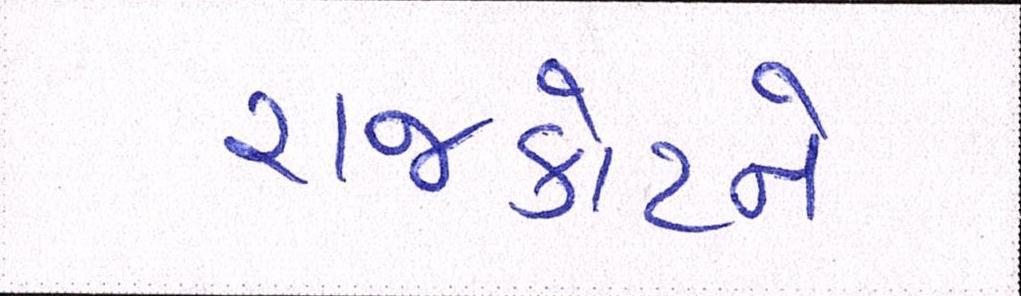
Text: રાજકોટને